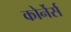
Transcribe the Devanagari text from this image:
कोर्नेर्स